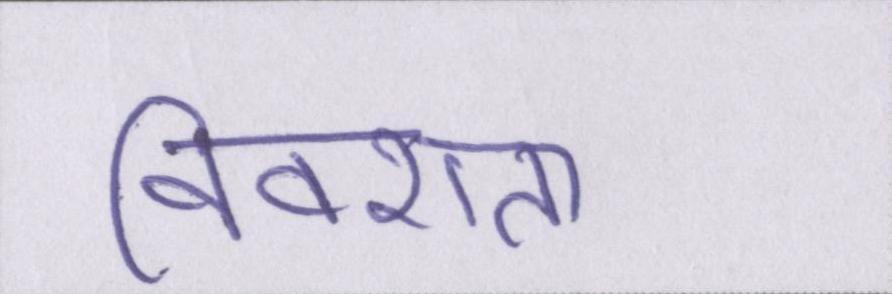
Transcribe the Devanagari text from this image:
विवशता